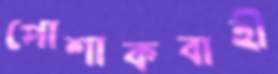
পোশাকবাহী